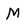
Character: M